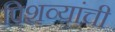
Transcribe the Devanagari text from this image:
पिशव्यांची